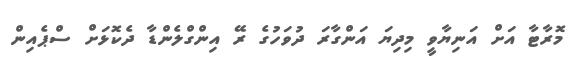
މޮރާޓާ އަށް އަނިޔާވީ މިދިޔަ އަންގާރަ ދުވަހުގެ ރޭ އިންގްލެންޑާ ދެކޮޅަށް ސްޕެއިން